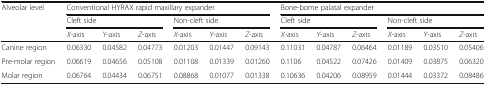
| <ROWSPAN=3> Alveolar level | <COLSPAN=6> Conventional HYRAX rapid maxillary expander | <COLSPAN=6> Bone-borne palatal expander |
 | <COLSPAN=3> Cleft side | <COLSPAN=3> Non-cleft side | <COLSPAN=3> Cleft side | <COLSPAN=3> Non-cleft side |
 | X-axis | Y-axis | Z-axis | X-axis | Y-axis | Z-axis | X-axis | Y-axis | Z-axis | X-axis | Y-axis | Z-axis |
 | --- | --- | --- | --- | --- | --- | --- | --- | --- | --- | --- | --- | --- |
 | Canine region | 0.06330 | 0.04582 | 0.04773 | 0.01203 | 0.01447 | 0.09143 | 0.11031 | 0.04787 | 0.06464 | 0.01189 | 0.03510 | 0.05406 |
 | Pre-molar region | 0.06619 | 0.04656 | 0.05108 | 0.01108 | 0.01339 | 0.01260 | 0.1106 | 0.04522 | 0.07426 | 0.01409 | 0.03875 | 0.06320 |
 | Molar region | 0.06764 | 0.04434 | 0.06751 | 0.08868 | 0.01077 | 0.01338 | 0.10636 | 0.04206 | 0.08959 | 0.01444 | 0.03372 | 0.08486 |